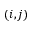
( i , j )